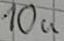
Text: 10u